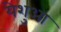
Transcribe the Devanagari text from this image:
येशुआ